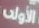
الأولى